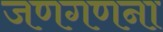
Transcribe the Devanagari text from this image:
जणगणना